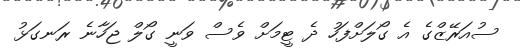
ސުއަރޭޒްގެ އެ ގޯލަށްފަހު ދެ ޓީމަށް ވެސް ވަނީ ގޯލް ޖަހާނެ ރަނގަޅު